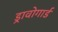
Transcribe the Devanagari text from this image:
ड्रावोगार्ड